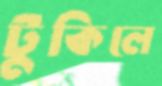
টুকিলে